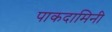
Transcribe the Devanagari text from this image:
पाकदामिनी